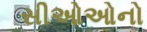
સીઓઓનો